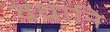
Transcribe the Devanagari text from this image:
वधानि